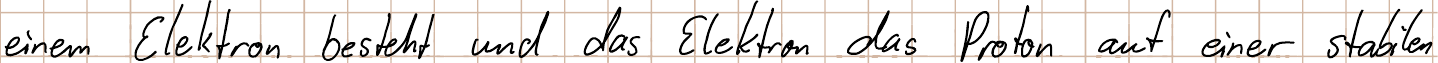
einem Elektron besteht und das Elektron das Proton auf einer stabilen